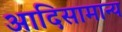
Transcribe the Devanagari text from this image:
आदिसामान्य